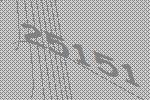
25151